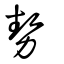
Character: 勢